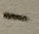
Text: -